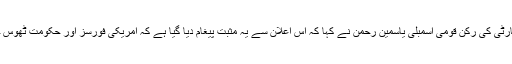
وائس آف امریکہ سے گفتگو کرتے ہوئے حکمران پیپلز پارٹی کی رکن قومی اسمبلی یاسمین رحمن نے کہا کہ اس اعلان سے یہ مثبت پیغام دیا گیا ہے کہ امریکی فورسز اور حکومت ٹھوس جواز کے بغیر کسی ملک کو دباوٴ میں نہیں رکھنا چاہتی ۔